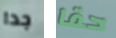
جدا حقا